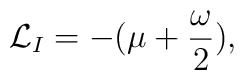
{\cal L}_{I} = - ( \mu + \frac{\omega}{2}),